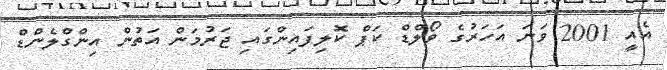
އެއީ 2001 ވަނަ އަހަރުގެ ވޯލްޑް ކަޕް ކޮލިފައިންގައި ޖަރުމަން އަތުން އިންގްލެންޑް